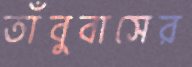
তাঁবুবাসের